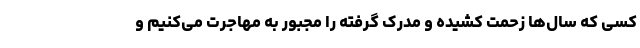
کسی که سال‌ها زحمت کشیده و مدرک گرفته را مجبور به مهاجرت می‌کنیم و